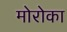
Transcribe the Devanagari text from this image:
मोरोका